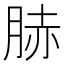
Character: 𦛘